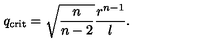
q _ { \mathrm { c r i t } } = \sqrt { \frac { n } { n - 2 } } \frac { r ^ { n - 1 } } { l } .